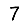
Digit: 7